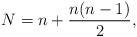
LaTeX: \begin{align*}N = n+\frac{n(n-1)}{2},\end{align*}